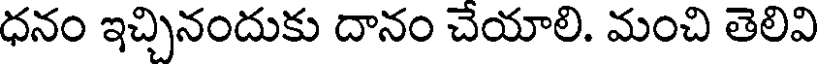
ధనం ఇచ్చినందుకు దానం చేయాలి. మంచి తెలివి